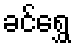
ခင်ရွှေ